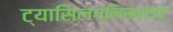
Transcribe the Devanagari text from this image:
ट्यासिलग्लिसराइड